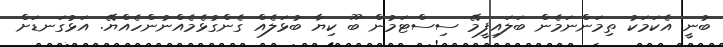
ބުނީ އެކަމަކު ތިމަންނަމެން ބަލައިފީމޭ ސިސްޓަމުން ބޫ ކިޔާ ބުޅަލެއް ގެންގުޅެމެއްނުންހެއްޔޭ. އަޅުގަނޑަށް